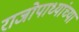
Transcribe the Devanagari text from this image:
राजोपाध्यांच्या